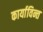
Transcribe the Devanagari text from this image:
कार्याविन्त